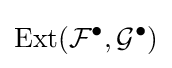
{\text{Ext}}({\mathcal {F}}^{\bullet },{\mathcal {G}}^{\bullet })